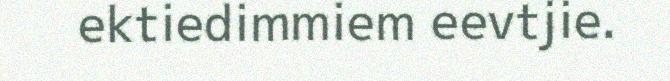
ektiedimmiem eevtjie.